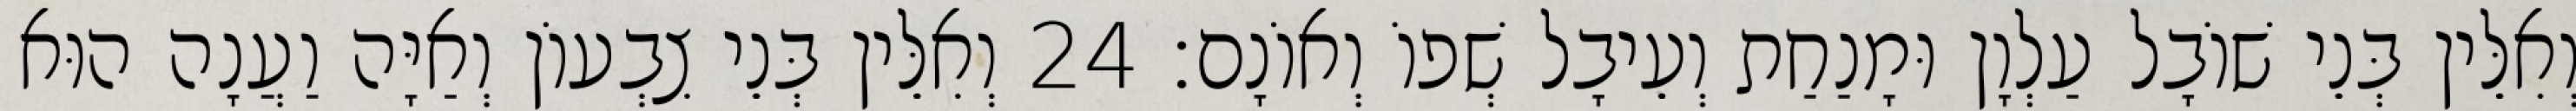
וְאִלֵּין בְּנֵי שׁוֹבָל עַלְוָן וּמָנַחַת וְעֵיבָל שְׁפוֹ וְאוֹנָם׃ 24 וְאִלֵּין בְּנֵי צִבְעוֹן וְאַיָּה וַעֲנָה הוּא